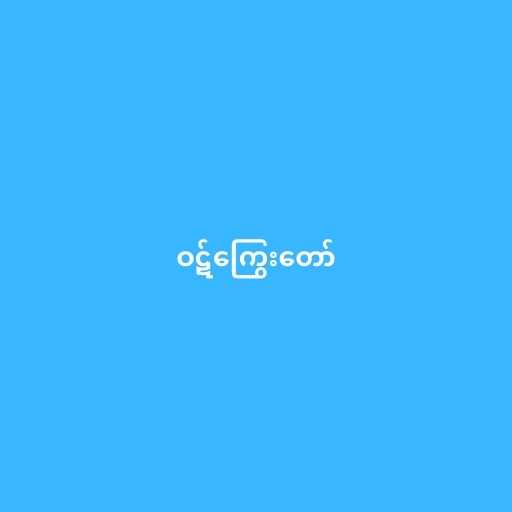
ဝဋ်ကြွေးတော်